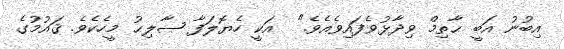
އިބުނު އަބީ ޙާތިމް ވިދާޅުވެފައިވެއެވެ."  އަކީ ހެޔޮލަފާ ޞާލިޙު މީހެކެވެ. ޤައުމުގެ